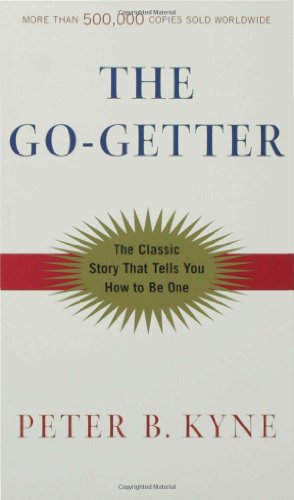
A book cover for The Go-Getter: A Story That Tells You How To Be One; Peter B. Kyne; Science & Math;